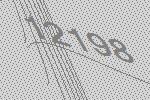
12198